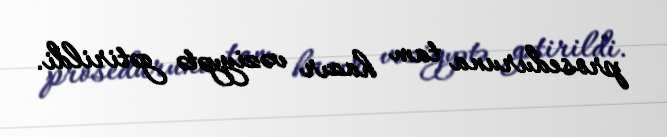
proseduruna tam hazır vəziyyətə gətirildi.